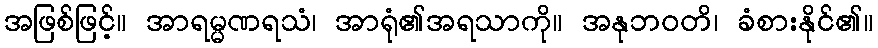
အဖြစ်ဖြင့်။ အာရမ္မဏရသံ၊ အာရုံ၏အရသာကို။ အနုဘဝတိ၊ ခံစားနိုင်၏။